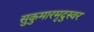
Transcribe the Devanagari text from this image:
सुकुमारमृदुस्वर